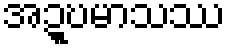
အဍ္ဎမာသဿ